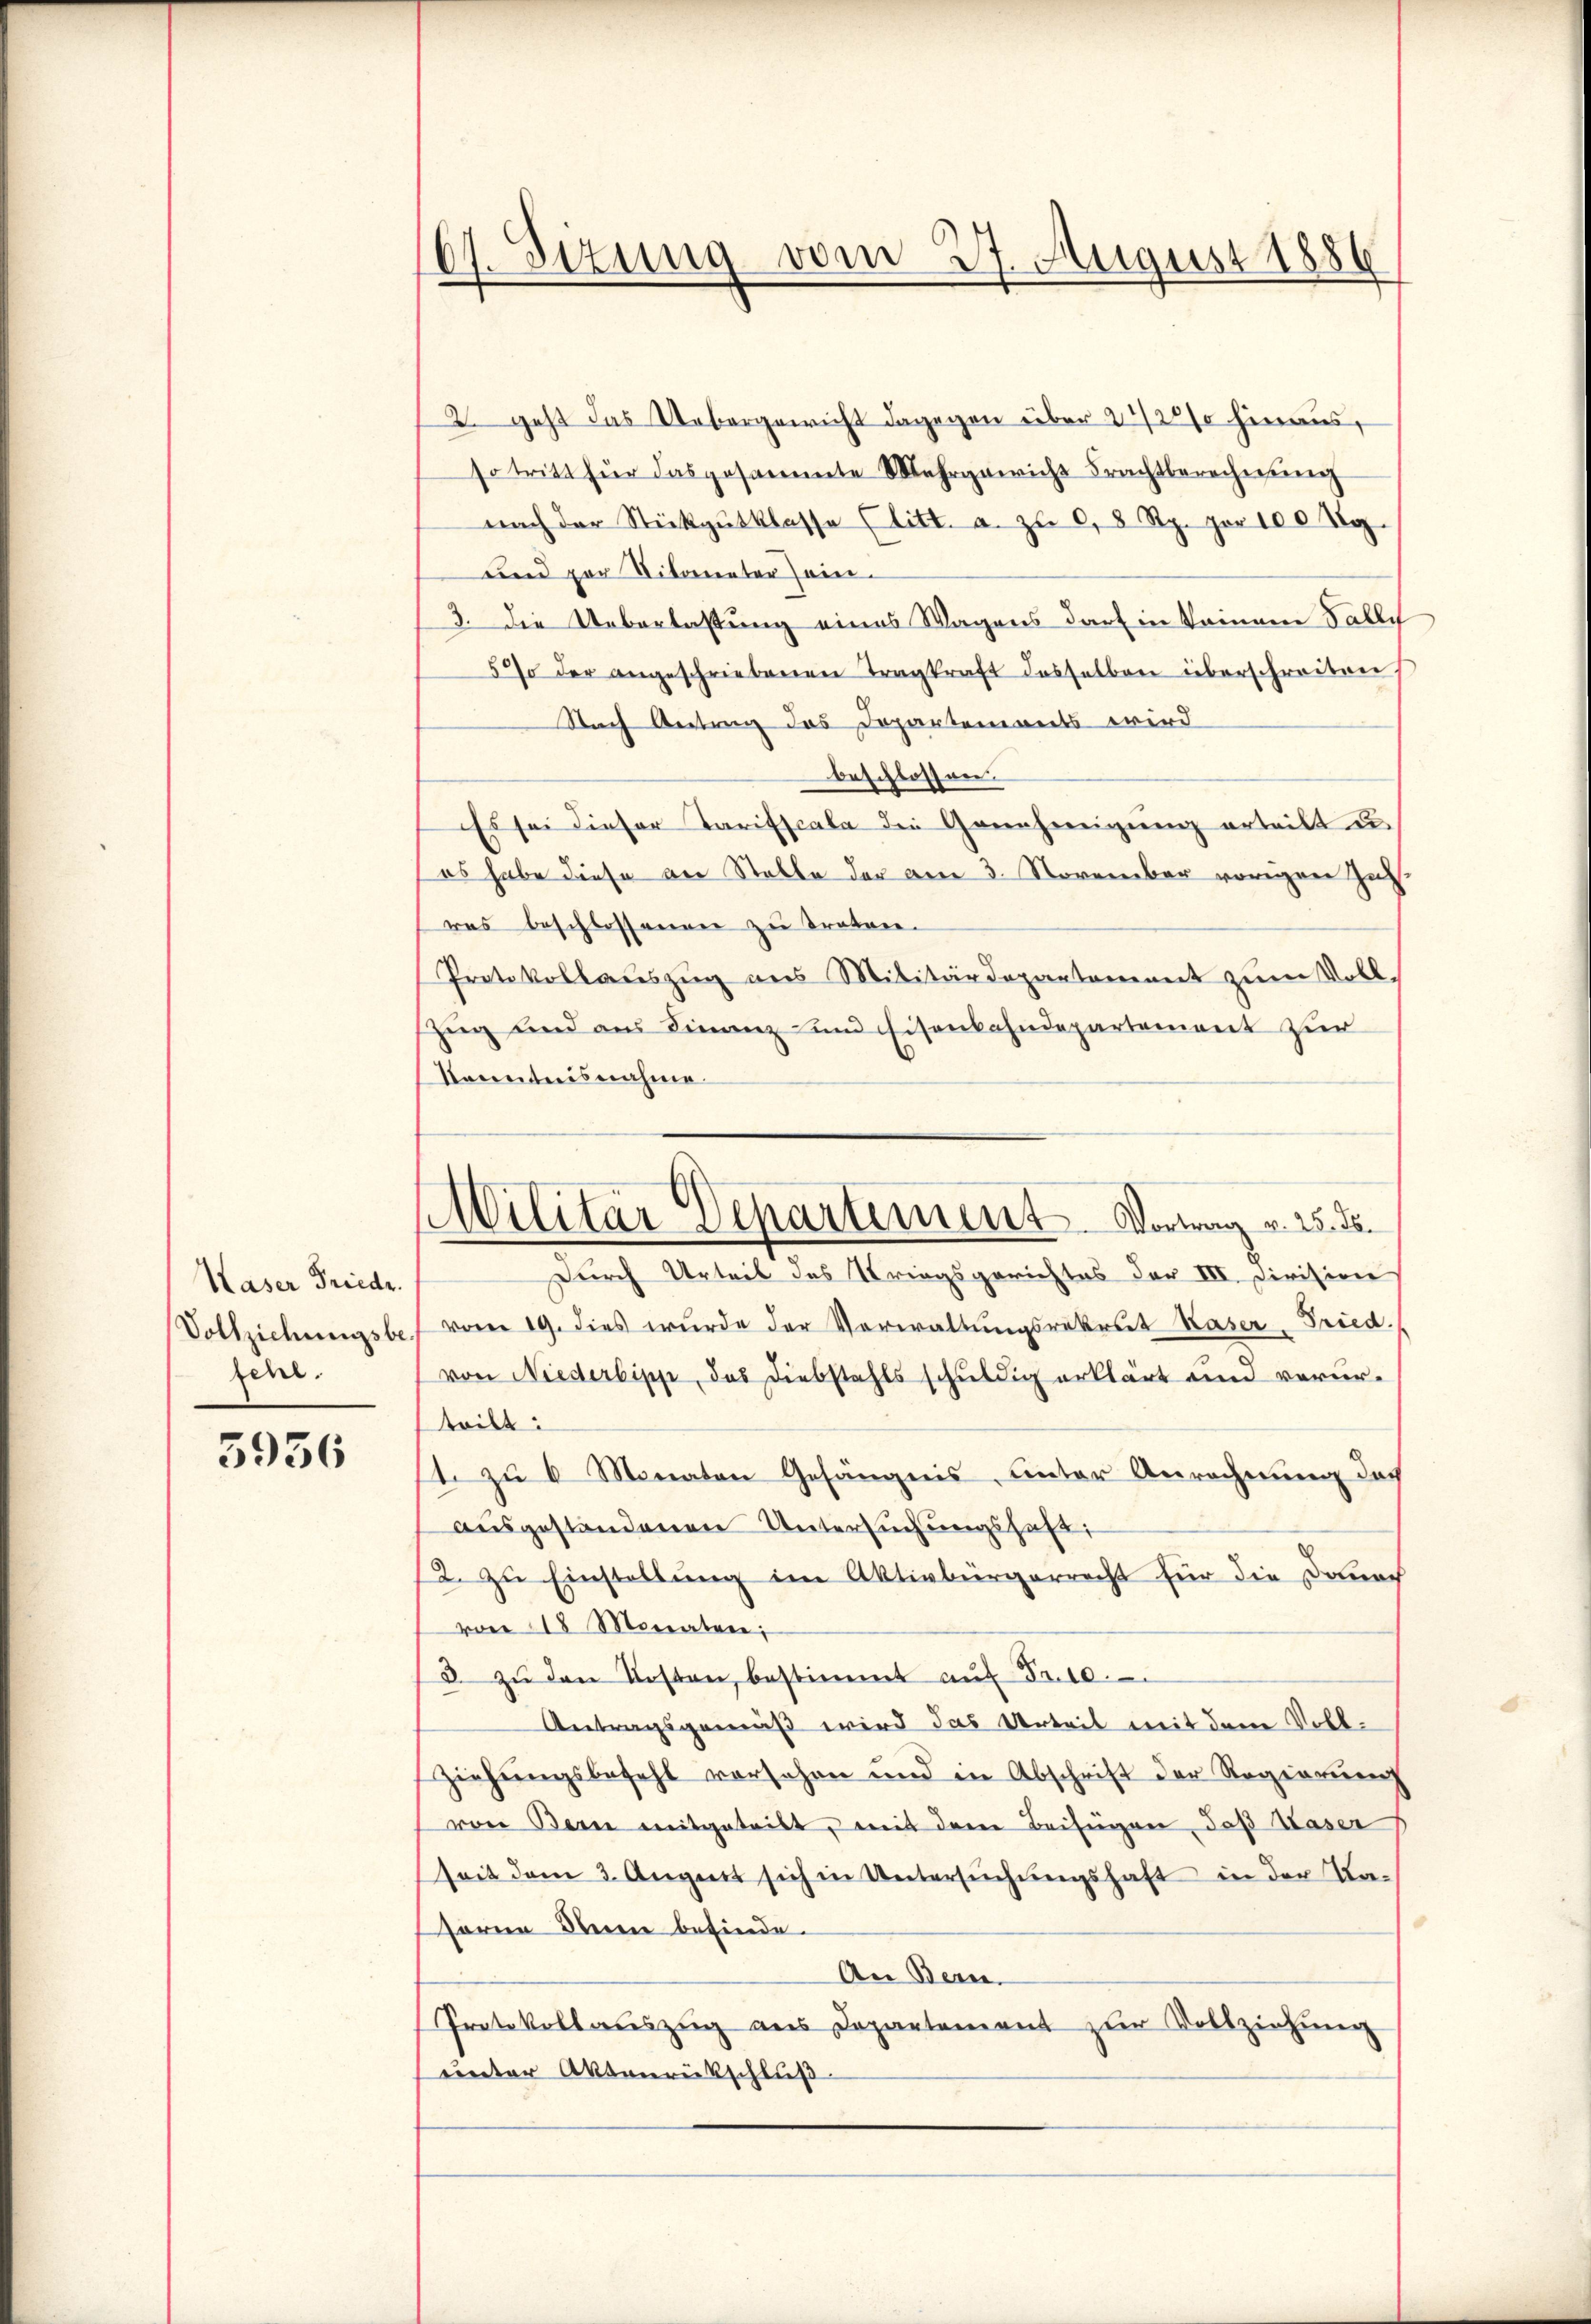
Kaser Friedr.
Vollziehungsbefen.

3936

67. Sizung vom 27. August 1886

Militär Departement. Vortrag v. 25. ds.

2. geht das Uebergericht dagegen über 222 hinaus,
so tritt für das gesammte Mehrgewicht Frachtberechnung
nach der Stückgŭtklasse (litt. a. zŭ 0,8 Rp. pr 100 Kg.
und par titonnter ein¬
3. Die Ueberlastung eines Wagens darf in keinem Falle
5% der angeschriebenen Tragkraft desselben überschreiten
Nach Antrag das Departemonts wird
beschlossen.
Es sei dieser Tarifscala die Genehmigung erteilt u.
es habe diese an Stelle der am 3. November vorigen Zusras beschlossenen zu treten.
Protokollauszug aus Militärdepartement zum Voll¬
Zug und aus Finanz und Eisenbahndepartement zur
Konntesnahme.
Durch Urteil des Kriegsgerichtes der III. Division
vom 19. dies wurde der Verwaltungsrekrut Kaser Fried.
von Niederbipp, das Diebstahls schuldig erklärt und verurteilt:
t. zu 6 Monaten Gefängnis, unter Anrechnung des
aŭsgestandenen Untersŭchŭngshaft:
2. zu Einstellung im Aktivbürgerrecht für die Danach
von 18 Monaten;
3. zŭ den Kosten, bestimmt aŭf Fr. 10.
Antragsgemäß wird das Urteil mit dem Voll¬
Ziehungsbefehl versehen und in Abschrift der Regierung
von Bern mitgeteilt, mit dem Beifügen, daß Kaser
seit dem 3. August sich in Untersŭchŭngshaft in der Ka-
soren Steien befinde.
An Bern.
Protokollaŭszŭg ans Departement zŭr Vollziehŭng
unter Aktenrückschluß